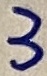
Text: 3